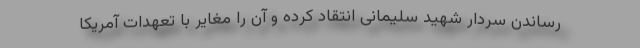
رساندن سردار شهید سلیمانی انتقاد کرده و آن را مغایر با تعهدات آمریکا